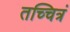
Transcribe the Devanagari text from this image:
तच्चित्रं